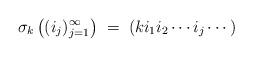
LaTeX: \begin{align*}\sigma_k\left( (i_j)_{j=1}^{\infty}\right )\;=\; (ki_1i_2\cdots i_j\cdots )\end{align*}